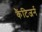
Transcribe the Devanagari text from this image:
कैंटिजर्न